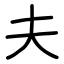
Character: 夫